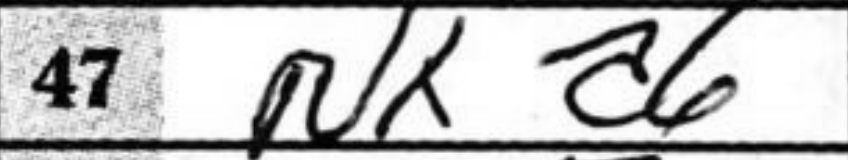
Transcription: Nxa6